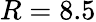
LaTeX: R=8.5